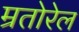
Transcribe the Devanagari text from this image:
म्रतोरेल